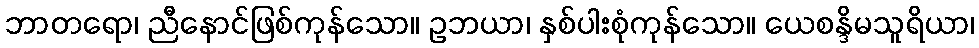
ဘာတရော၊ ညီနောင်ဖြစ်ကုန်သော။ ဥဘယာ၊ နှစ်ပါးစုံကုန်သော။ ယေစန္ဒိမသူရိယာ၊